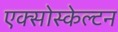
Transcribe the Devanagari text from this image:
एक्सोस्केल्टन